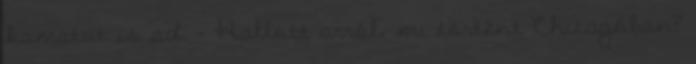
kamatot is ad. – Hallott arról, mi történt Chicagóban?